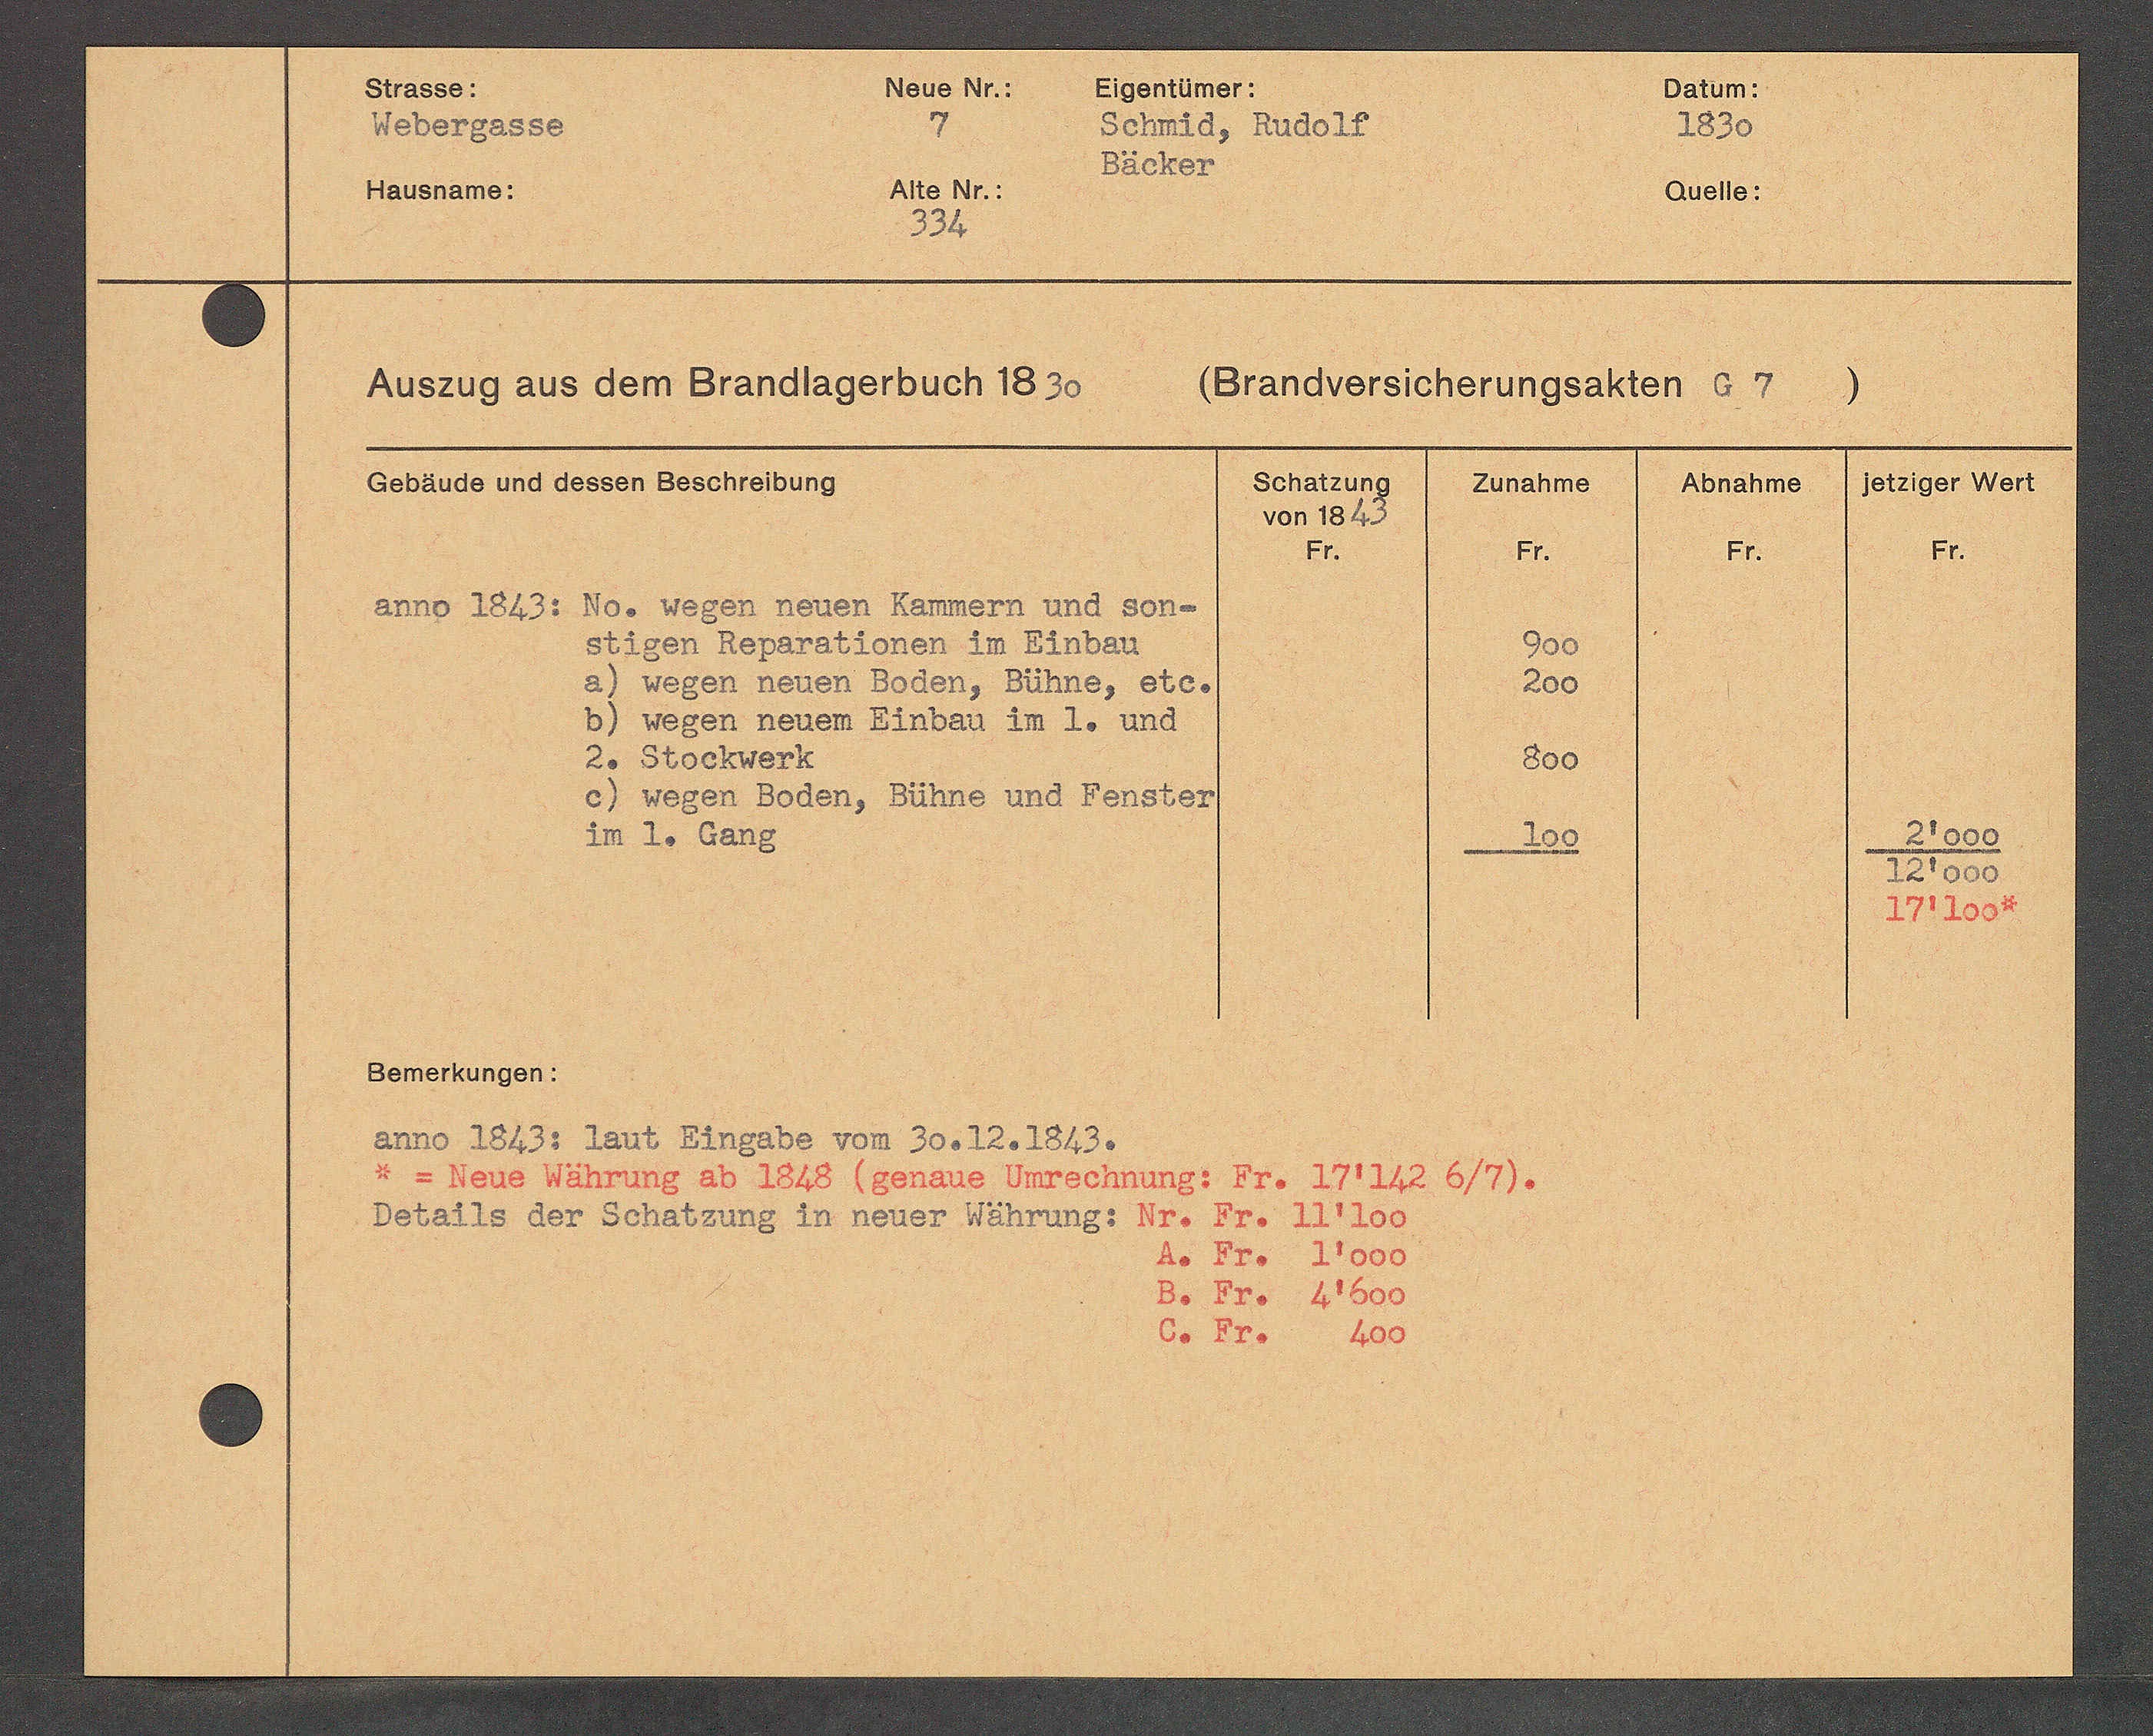
Transcript:
8 Fro A1600
6s Fro 600